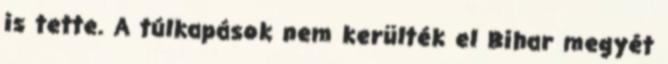
is tette. A túlkapások nem kerülték el Bihar megyét